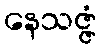
နေသဇ္ဇံ